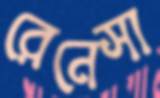
রেনেসা